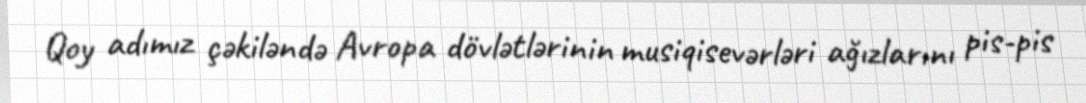
Qoy adımız çəkiləndə Avropa dövlətlərinin musiqisevərləri ağızlarını pis-pis